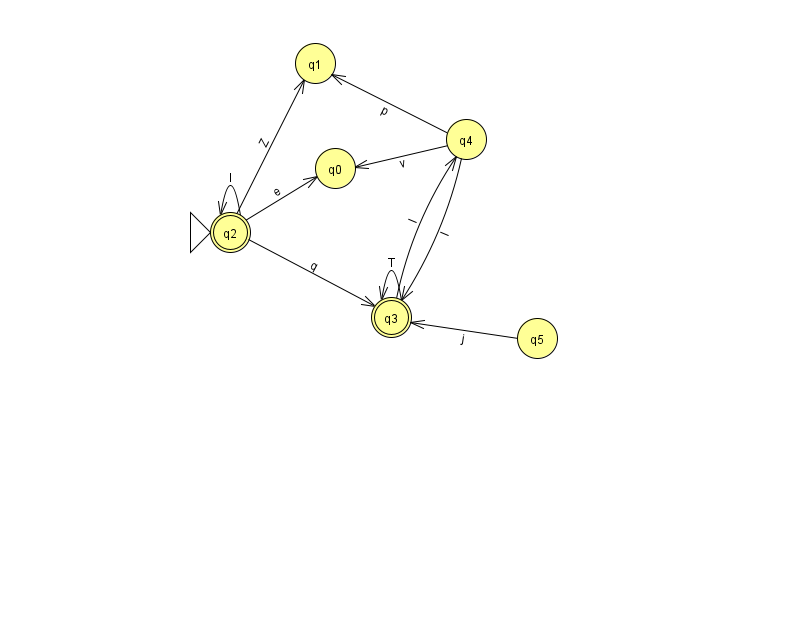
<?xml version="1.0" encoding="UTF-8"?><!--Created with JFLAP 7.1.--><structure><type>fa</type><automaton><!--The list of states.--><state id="0" name="q0"><x>335.0</x><y>155.0</y></state><state id="1" name="q1"><x>315.0</x><y>50.0</y></state><state id="2" name="q2"><x>230.0</x><y>219.0</y><initial/><final/></state><state id="3" name="q3"><x>391.0</x><y>304.0</y><final/></state><state id="4" name="q4"><x>466.0</x><y>126.0</y></state><state id="5" name="q5"><x>537.0</x><y>325.0</y></state><!--The list of transitions.--><transition><from>4</from><to>1</to><read>p</read></transition><transition><from>5</from><to>3</to><read>j</read></transition><transition><from>3</from><to>3</to><read>T</read></transition><transition><from>2</from><to>3</to><read>q</read></transition><transition><from>3</from><to>4</to><read>l</read></transition><transition><from>2</from><to>0</to><read>e</read></transition><transition><from>2</from><to>1</to><read>Z</read></transition><transition><from>4</from><to>0</to><read>v</read></transition><transition><from>2</from><to>2</to><read>l</read></transition><transition><from>4</from><to>3</to><read>I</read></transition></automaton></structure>